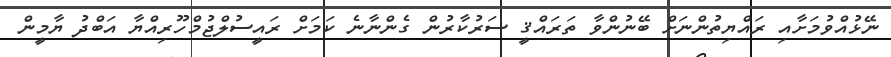
ނޭޅުއްވުމަށާއި ރައްޔިތުންނަށް ބޭނުންވާ ތަރައްޤީ ސަރުކާރުން ގެންނާނެ ކަމަށް ރައީސުލްޖުމްހޫރިއްޔާ އަބްދު ޔާމީން